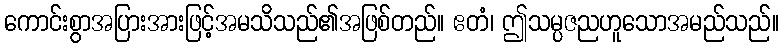
ကောင်းစွာအပြားအားဖြင့်အမသိသည်၏အဖြစ်တည်။ ဧတံ၊ ဤသမ္ပဇညဟူသောအမည်သည်။